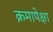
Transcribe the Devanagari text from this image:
क्रमापेक्षा